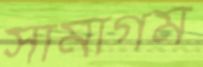
সামাগম